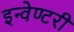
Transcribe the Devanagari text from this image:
इन्वेण्टरी